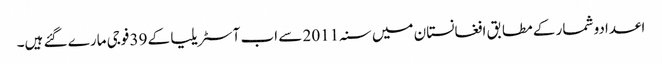
اعدادو شمار کے مطابق افغانستان میں سنہ 2011 سے اب آسٹریلیا کے 39 فوجی مارے گئے ہیں۔